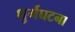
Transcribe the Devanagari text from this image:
धुर्गघटना